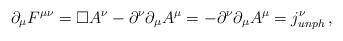
LaTeX: \begin{align*}\partial_\mu F^{\mu \nu} = \Box A^\nu -\partial^\nu \partial_\mu A^\mu =-\partial^\nu \partial_\mu A^\mu = j^\nu_{unph} \, ,\end{align*}